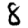
Digit: 8